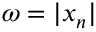
\omega = | x _ { n } |